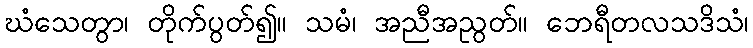
ဃံသေတွာ၊ တိုက်ပွတ်၍။ သမံ၊ အညီအညွတ်။ ဘေရီတလသဒိသံ၊